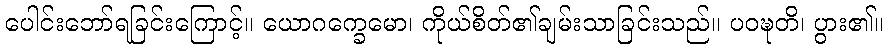
ပေါင်းဘော်ရခြင်းကြောင့်။ ယောဂက္ခေမော၊ ကိုယ်စိတ်၏ချမ်းသာခြင်းသည်။ ပဝဍ္ဎတိ၊ ပွား၏။